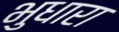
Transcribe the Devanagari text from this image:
भुधारा